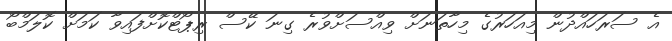
އެ ސަރަހައްދުން މިއަހަރުގެ މިހާތަނަށް ވިއްސަށްވުރެ ގިނަ ކޭސް ރިޕޯޓްކޮށްފައިވާ ކަމަށް ކޮލަމްބޯ